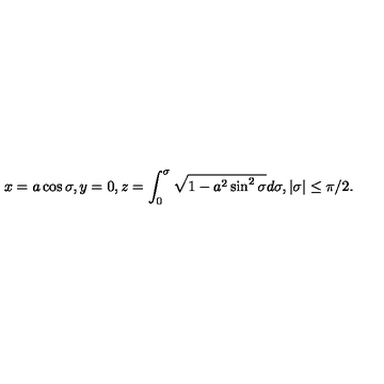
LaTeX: x = a \cos \sigma , y = 0 , z = \int _ { 0 } ^ { \sigma } \sqrt { 1 - a ^ { 2 } \sin ^ { 2 } \sigma } d \sigma , | \sigma | \le \pi / 2 .